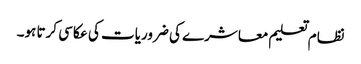
نظام تعلیم معاشرے کی ضروریات کی عکاسی کرتا ہو۔